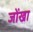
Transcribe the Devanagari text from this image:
जोंखा